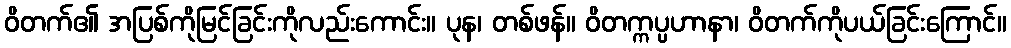
ဝိတက်၏ အပြစ်ကိုမြင်ခြင်းကိုလည်းကောင်း။ ပုန၊ တစ်ဖန်။ ဝိတက္ကပ္ပဟာနာ၊ ဝိတက်ကိုပယ်ခြင်းကြောင်။